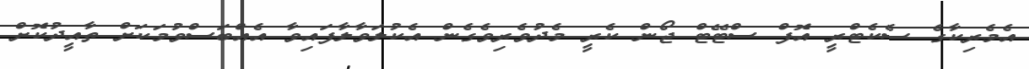
އެމެރިކާގެ ސެކެޓްރީ އޮފް ސްޓޭޓް ޖޯން ކެރީ މެދުވެރިވެގެން އެކުލަވާލާފައިވާ އެއްބަސްވުމަކަށް ތާއީދުކޮށް